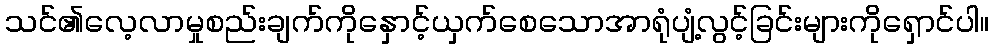
သင်၏လေ့လာမှုစည်းချက်ကိုနှောင့်ယှက်စေသောအာရုံပျံ့လွင့်ခြင်းများကိုရှောင်ပါ။